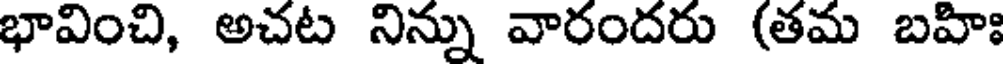
భావించి, అచట నిన్ను వారందరు (తమ బహిః